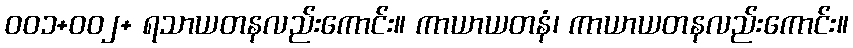
ဝဝ၁+ဝဝ၂+ ရသာယတနလည်းကောင်း။ ကာယာယတနံ၊ ကာယာယတနလည်းကောင်း။